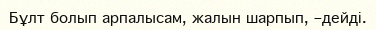
Бұлт болып арпалысам, жалын шарпып, –дейді.